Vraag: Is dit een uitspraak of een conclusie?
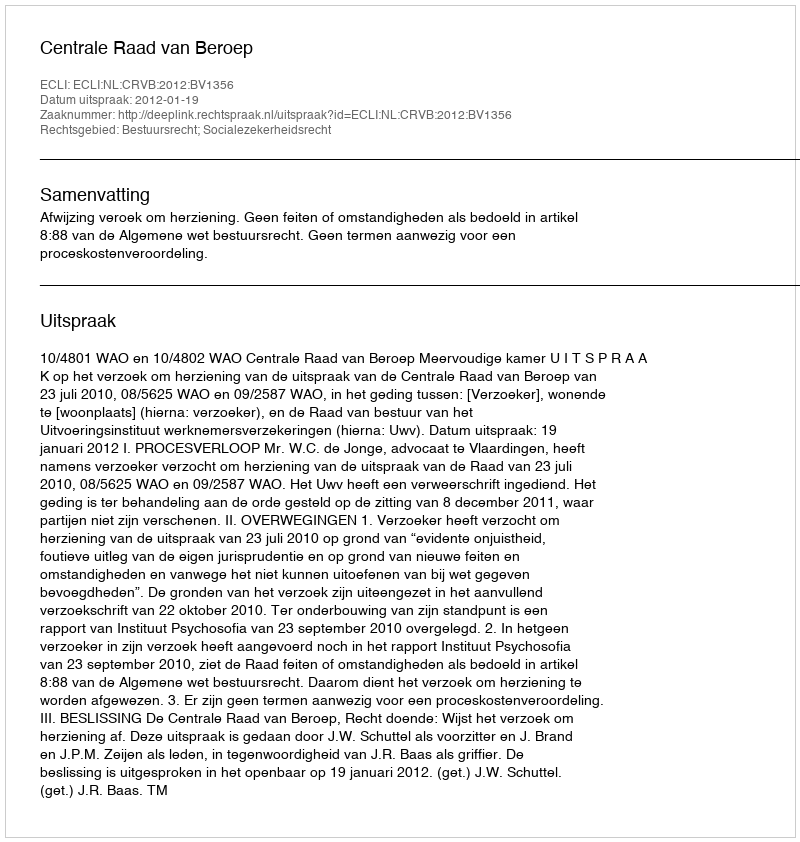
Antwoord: Uitspraak